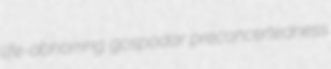
life-abhorring gospodar preconcertedness